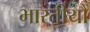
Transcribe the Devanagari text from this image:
भारतीयौं